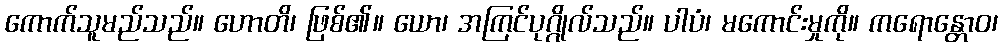
ကောက်သူမည်သည်။ ဟောတိ၊ ဖြစ်၏။ ယော၊ အကြင်ပုဂ္ဂိုလ်သည်။ ပါပံ၊ မကောင်းမှုကို။ ကရောန္တောဝ၊